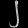
Digit: ၂